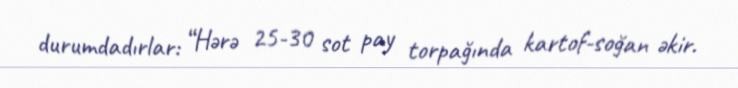
durumdadırlar: “Hərə 25-30 sot pay torpağında kartof-soğan əkir.